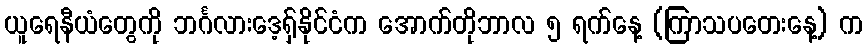
ယူရေနီယံတွေကို ဘင်္ဂလားဒေ့ရှ်နိုင်ငံက အောက်တိုဘာလ ၅ ရက်နေ့ (ကြာသပတေးနေ့) က